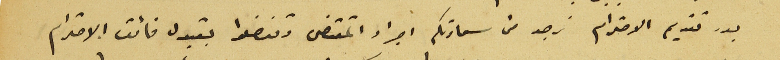
بعد تقديم الاحترام نرجو من سعادتكم اجراء المقتضى وتفضلوا بقبول فائق الاحترام